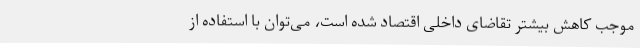
موجب کاهش بیشتر تقاضای داخلی اقتصاد شده است، می‌توان با استفاده از